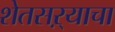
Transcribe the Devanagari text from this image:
शेतसऱ्याचा